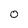
Character: 0